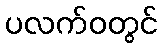
ပလက်ဝတွင်